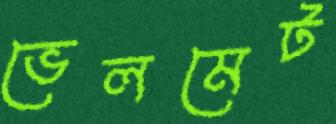
ভেলমেট